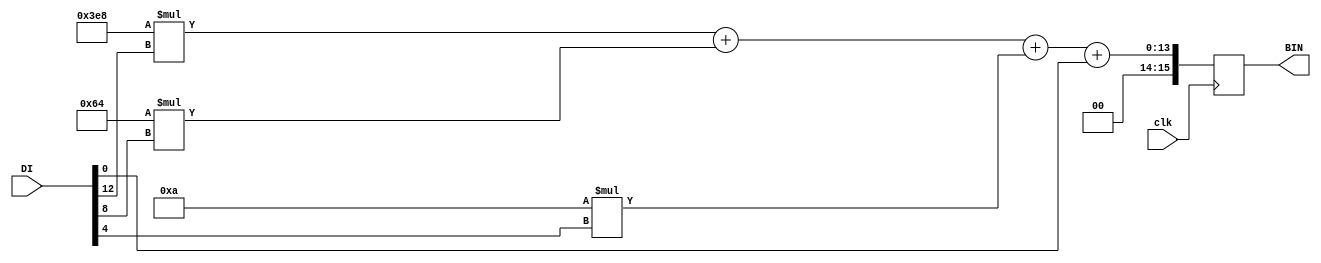
module DEC4_to_BIN16(input [15:0] DI, output wire [15:0] BIN, 
                     input clk);

  assign st0 = DI[ 3:0]; assign st1 = DI[ 7: 4];
  assign st2 = DI[11:8]; assign st3 = DI[15:12];

  reg [15:0] out;
  assign BIN = out;

  always @(posedge clk) begin
    out <= 1000*st3 + 100*st2 + 10*st1 + st0;
  end

endmodule